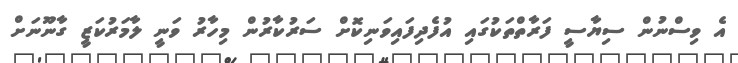
އެ ވިސްނުން ސިޔާސީ ފަރާތްތަކުގައި އުފެދިފައިވަނިކޮށް ސަރުކާރުން މިހާރު ވަނީ ލާމަރުކަޒީ ގާނޫނަށް